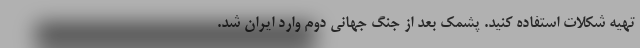
تهیه شکلات استفاده کنید. پشمک بعد از جنگ جهانی دوم وارد ایران شد.